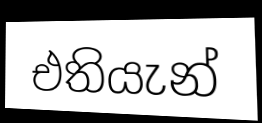
එතියැන්